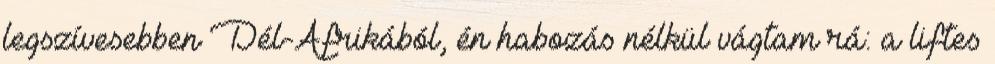
legszívesebben Dél-Afrikából, én habozás nélkül vágtam rá: a liftes